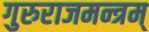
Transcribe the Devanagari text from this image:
गुरुराजमन्त्रम्